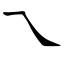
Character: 乁